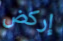
إركض